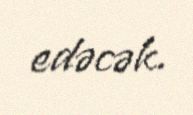
edəcək.